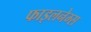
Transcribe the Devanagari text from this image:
फाइलनेम्स